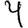
Digit: 4